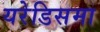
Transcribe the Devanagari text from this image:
यरेडिसमा